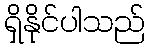
ရှိနိုင်ပါသည်